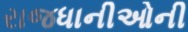
રાજધાનીઓની